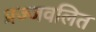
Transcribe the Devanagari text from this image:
प्रज्‍जवलित